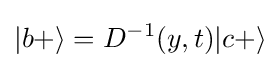
|b+\rangle =D^{-1}(y,t)|c+\rangle